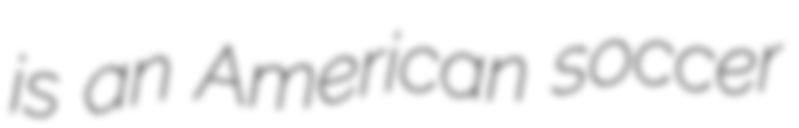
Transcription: is an American soccer